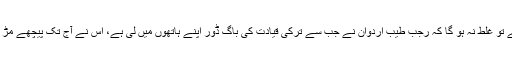
اگر یہ کہا جائے تو غلط نہ ہو گا کہ رجب طیب اردوان نے جب سے ترکی قیادت کی باگ ڈور اپنے ہاتھوں میں لی ہے، اس نے آج تک پیچھے مڑ کر نہیں دیکھا ۔